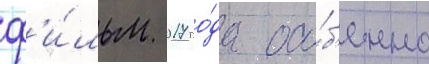
ф'и́льм 2017 го́да осо́б'енно